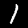
Digit: 1